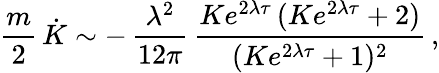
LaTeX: \frac{m}{2}\, \dot{K}\sim-\, \frac{\lambda^{2}}{12\pi}\, \frac{Ke^{2\lambda\tau}\, (Ke^{2\lambda\tau}+2)}{(Ke^{2\lambda\tau}+1)^{2}}\, ,